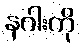
နဂါးကို